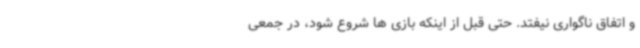
و اتفاق ناگواری نیفتد. حتی قبل از اینکه بازی ها شروع شود، در جمعی